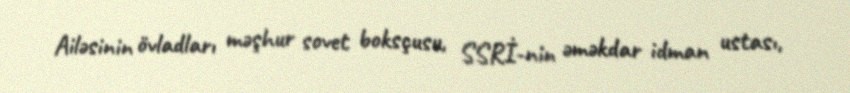
Ailəsinin övladları məşhur sovet boksçusu, SSRİ-nin əməkdar idman ustası,